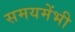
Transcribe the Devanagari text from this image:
समयमेंभी